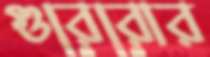
গুরেরোর